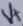
Text: V+